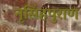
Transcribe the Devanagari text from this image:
नृसिंहपुराण